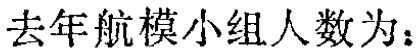
去年航模小组人数为：